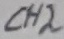
Text: CH2